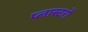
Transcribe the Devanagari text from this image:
प्लास्टरों